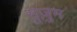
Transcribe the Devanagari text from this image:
सुज़ुम